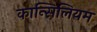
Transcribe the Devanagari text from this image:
कान्सिलियम